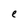
Character: e